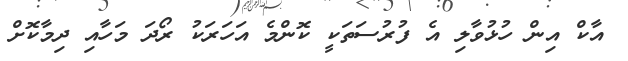
އާކް އިން ހުޅުވާލި އެ ފުރުސަތަކީ ކޮންމެ އަހަރަކު ރޯދަ މަހާއި ދިމާކޮށް